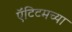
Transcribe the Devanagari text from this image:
ऍंटिटमच्या